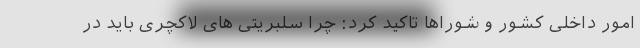
امور داخلی کشور و شوراها تاکید کرد: چرا سلبریتی های لاکچری باید در